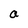
Character: a